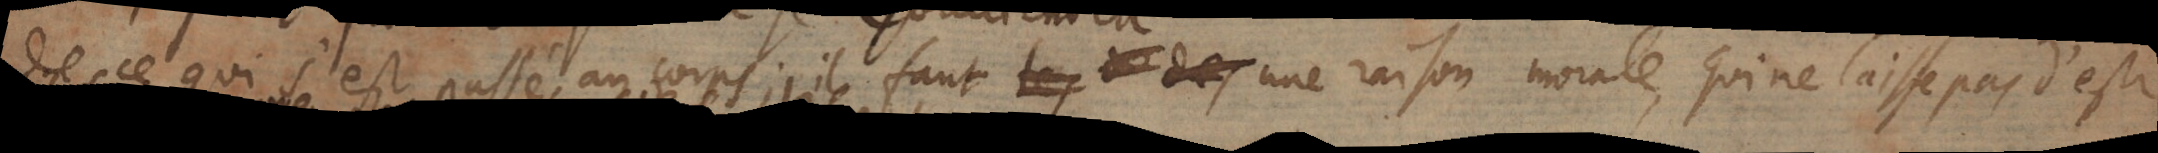
de ce qui s’est passé au corps; il faut une raison morale, qui ne laisse pas d’estre